Mental hospitals Bombay report 1929-33 - 1929-1933
Year: 1929
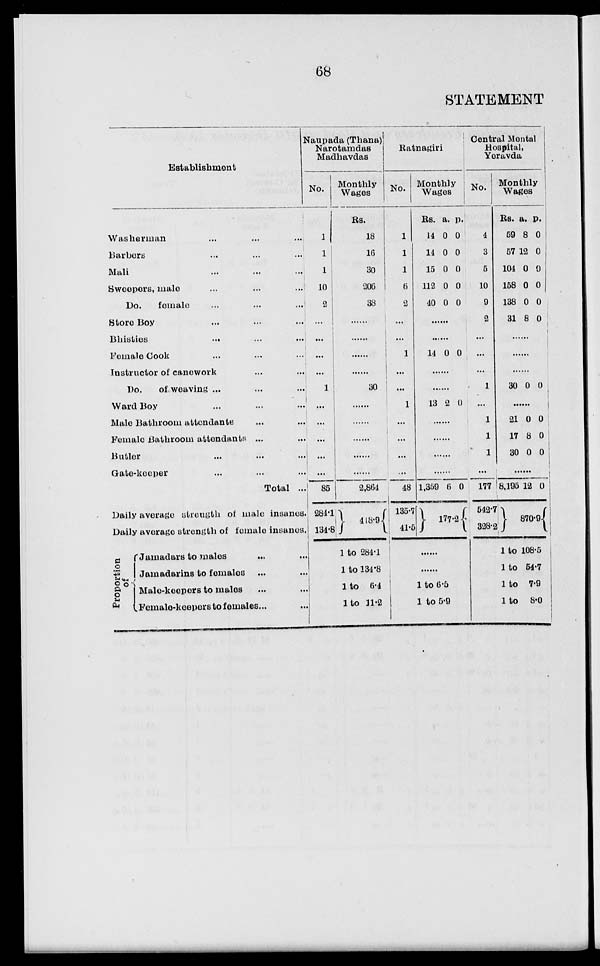
68
STATEMENT
Establishment
Washerman ... ... ...
Barbers ... ... ...
Mali ... ... ...
Sweepers, male ... ... ...
Do.
female ... ... ...
Store Boy ... ... ...
Bhisties ... ... ...
Female Cook ... ... ...
Instructor of canowork ... ...
Do.
of weaving . . . . . . ...
Ward Boy ... ... ...
Male Bathroom attendants ... ...
Female Bathroom attendants ... ...
Butler ... ... ...
Gate-keeper ... ... ...
Total ...
Daily average strength of male insanes.
Daily average strength of female insanes.
Proportion
of
Jamadars to males ... ...
Jamadarins to females ... ...
Male-keepers to males ... ...
Female-keepers to females ... ...
Naupada (Thana)
Narotamdas
Madhavdas
No.
1
1
1
10
2
...
...
...
...
1
...
...
...
...
...
85
284.1
134.8
Monthly
Wages
Rs.
18
16
30
206
38
......
......
......
30
......
......
......
......
......
2,864
418.9
1 to 284.1
1 to 134.8
1 to 6.4
1 to 11.2
Ratnagiri
No.
1
1
1
6
2
...
...
1
...
...
1
...
...
...
...
48
135.7
41.5
Monthly
Wages
Rs.
14
14
15
112
40
a.
0
0
0
0
0
p.
0
0
0
0
0
......
......
14 0 0
......
......
13 2 0
......
......
......
......
1,359 6 0
177.2
......
1 to 6.5
1 to 5.9
Central Mental
Hospital,
Yeravda
No.
4
3
5
10
9
2
...
...
...
1
...
1
1
1
...
177
542.7
328.2
Monthly
Wages
Rs.
59
57
104
158
138
31
a.
8
12
0
0
0
8
p.
0
0
0
0
0
0
......
......
30 0 0
......
21
17
30
0
8
0
0
0
0
......
8,195 12 0
870.9
1 to 108.5
1 to 54.7
1 to 7.9
1 to
8.0